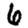
Digit: 6